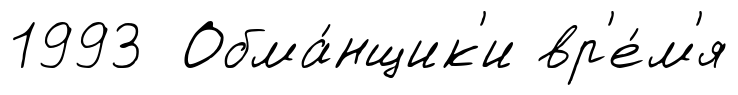
1993 Обма́нщик'и вр'е́м'я